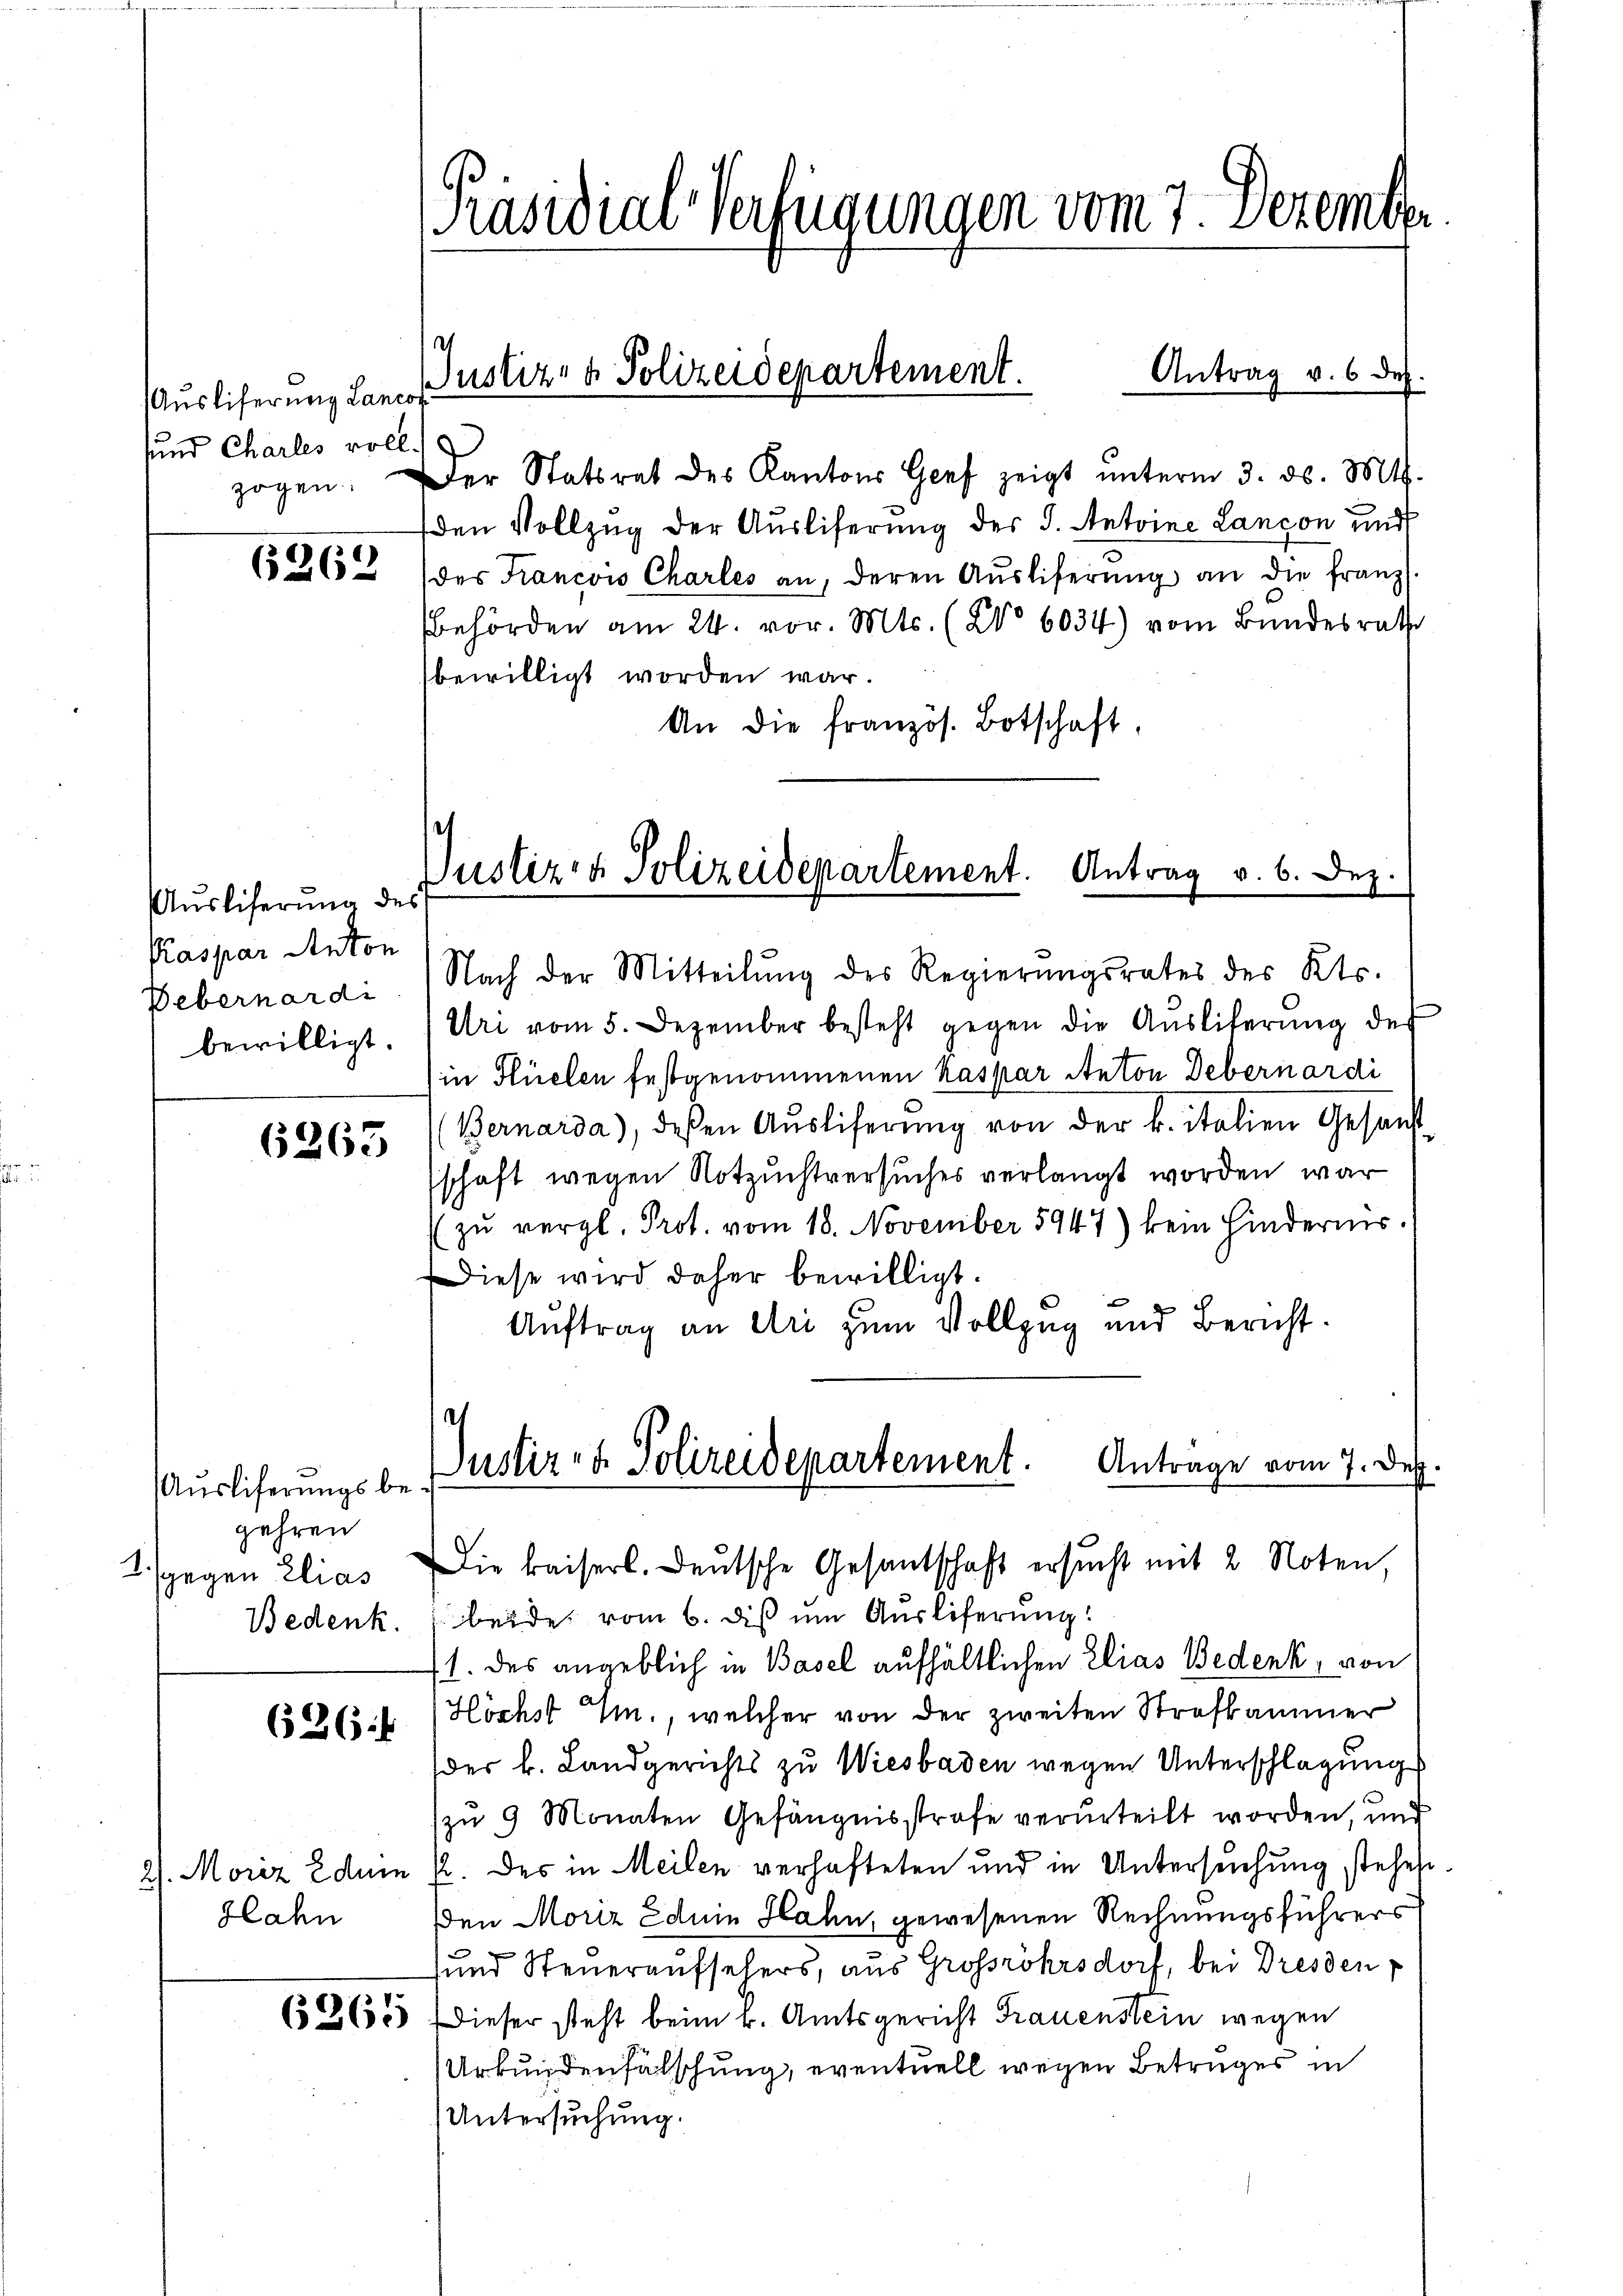
(Auslifernung Lanc
sund Charles voll.
zogen.

6262

Ausliserung des
Kaspar Anton
Debernardi
bewilligt.

6263

Ausliferungsbegehren
2. gegen Elias
Bedenk

626.

2). Moriz Edum
Glahn

Präsidial-Verfügungen vom 7. Dezember

Der Statsrat des Kantons Genf zeigt ŭnterm 3. ds. Mts.
den Vollzug der Ausliferung des J. Antoine Lancon und
des Francois Charles an, deren Aŭsliferŭng an die franz.
behörden am 24. vor. Mts. (No 6034) vom Bundesrath
bewilligt worden war.
An die französ. Botschaft,

Justiz- & Polizeidepartement.

Antrag v. 6 des

.
Justiz- & Polizeidepartement. Antrag v. 6. Dez.

Nach der Mitteilŭng des Regierungsrates des Kts.
Uri vom 5. Dezember besteht gegen die Aŭsliterŭng des
(in Flüelen festgenommenen Kaspar Anton Debernardi
Bernarda), deßen Aŭsliferŭng von der k. italien Gesanst
schaft wegen Notzuchtversuches verlangt worden war
zŭ vergl. Prot. vom 18. November 5947) kein Hindernis.
Diese wird daher bewilligt.
Auftrag an Uri zum Vollzug und Bericht.
Justiz- & Polizeidepartement. Antrage vom 7. Dez.

Die kaiserl. Deutsche Gesantschaft ersucht mit 2 Noten,
beide vom 6. dis um Auslieferung
/1. des angeblich in Basel aufhältlichen Elias Bedenk, von
Höchst u., welcher von der zweiten Strafkammer
der k. Landgerichts zu Wiesbaden wegen Unterschlagung
(zu 9 Monaten Gefängnisstrafe verurteilt worden, und
k. des in Meilen verhafteten und in Untersuchung stehest
den Moriz Eduin Flahn, gewesenen Rechnungsführers
und Steueraufselers, aus Großrohrsdorf, bei Dresden p
36685 dieser steht beim k. Amtsgericht Frauenstein wegen
Urkundenfälschung, eventuell wegen Betruges in
Untersuchung.